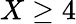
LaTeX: X\geq 4